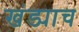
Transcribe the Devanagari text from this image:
खंड्याच